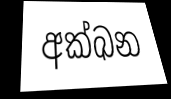
අක්ඛන